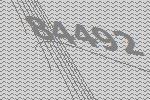
84492